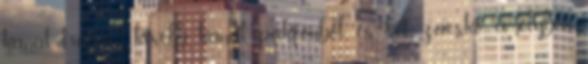
kanál, három kisebb kanál pakfonból, és két zacskó, amelyben